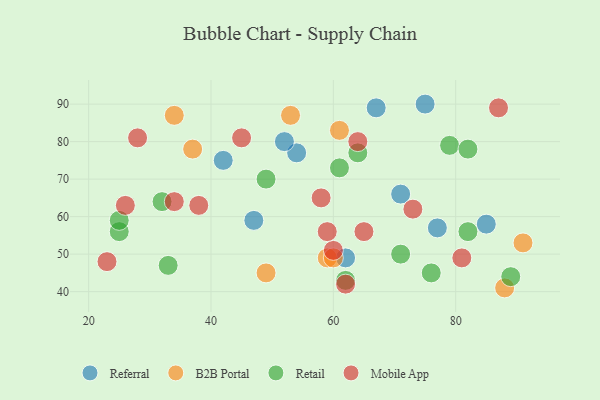
{"axis": {"x": "GDP", "y": "Life Expectancy"}, "legend": ["B2B Portal", "Mobile App", "Referral", "Retail"], "data": [{"x": "77", "y": 57, "type": "Referral"}, {"x": "62", "y": 49, "type": "Referral"}, {"x": "54", "y": 77, "type": "Referral"}, {"x": "67", "y": 89, "type": "Referral"}, {"x": "75", "y": 90, "type": "Referral"}, {"x": "52", "y": 80, "type": "Referral"}, {"x": "71", "y": 66, "type": "Referral"}, {"x": "85", "y": 58, "type": "Referral"}, {"x": "42", "y": 75, "type": "Referral"}, {"x": "47", "y": 59, "type": "Referral"}, {"x": "91", "y": 53, "type": "B2B Portal"}, {"x": "61", "y": 83, "type": "B2B Portal"}, {"x": "59", "y": 49, "type": "B2B Portal"}, {"x": "88", "y": 41, "type": "B2B Portal"}, {"x": "34", "y": 87, "type": "B2B Portal"}, {"x": "49", "y": 45, "type": "B2B Portal"}, {"x": "60", "y": 49, "type": "B2B Portal"}, {"x": "53", "y": 87, "type": "B2B Portal"}, {"x": "37", "y": 78, "type": "B2B Portal"}, {"x": "33", "y": 47, "type": "Retail"}, {"x": "82", "y": 56, "type": "Retail"}, {"x": "49", "y": 70, "type": "Retail"}, {"x": "64", "y": 77, "type": "Retail"}, {"x": "76", "y": 45, "type": "Retail"}, {"x": "62", "y": 43, "type": "Retail"}, {"x": "71", "y": 50, "type": "Retail"}, {"x": "79", "y": 79, "type": "Retail"}, {"x": "32", "y": 64, "type": "Retail"}, {"x": "25", "y": 56, "type": "Retail"}, {"x": "25", "y": 59, "type": "Retail"}, {"x": "82", "y": 78, "type": "Retail"}, {"x": "61", "y": 73, "type": "Retail"}, {"x": "89", "y": 44, "type": "Retail"}, {"x": "58", "y": 65, "type": "Mobile App"}, {"x": "38", "y": 63, "type": "Mobile App"}, {"x": "26", "y": 63, "type": "Mobile App"}, {"x": "62", "y": 42, "type": "Mobile App"}, {"x": "60", "y": 51, "type": "Mobile App"}, {"x": "81", "y": 49, "type": "Mobile App"}, {"x": "73", "y": 62, "type": "Mobile App"}, {"x": "34", "y": 64, "type": "Mobile App"}, {"x": "45", "y": 81, "type": "Mobile App"}, {"x": "28", "y": 81, "type": "Mobile App"}, {"x": "64", "y": 80, "type": "Mobile App"}, {"x": "23", "y": 48, "type": "Mobile App"}, {"x": "87", "y": 89, "type": "Mobile App"}, {"x": "65", "y": 56, "type": "Mobile App"}, {"x": "59", "y": 56, "type": "Mobile App"}]}